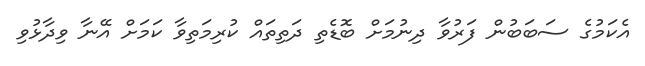
އެކަމުގެ ސަބަބުން ފަރުވާ ދިނުމަށް ބޮޑެތި ދަތިތައް ކުރިމަތިވާ ކަމަށް އޭނާ ވިދާޅުވި